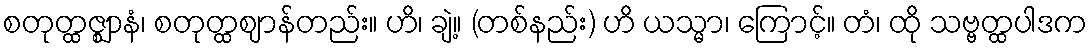
စတုတ္ထဇ္ဈာနံ၊ စတုတ္ထဈာန်တည်း။ ဟိ၊ ချဲ့။ (တစ်နည်း) ဟိ ယသ္မာ၊ ကြောင့်။ တံ၊ ထို သဗ္ဗတ္ထပါဒက